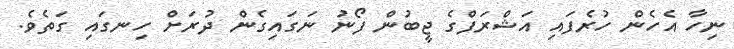
ނިހާ އެހެން ހުރެފައި އަޝްރަފްގެ ޖީބުން ފޯނު ނަގައިގެން ދުރަށް ހިނގައި ގަތެވެ.